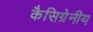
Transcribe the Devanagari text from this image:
कैसिग्रेनीय